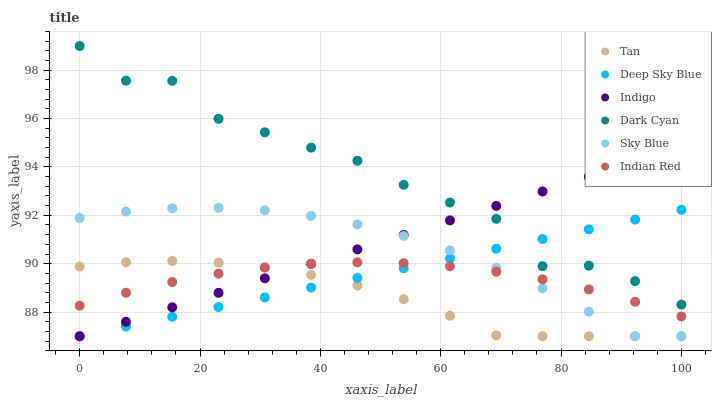
| xaxis_label | Tan | Deep Sky Blue | Indigo | Dark Cyan | Sky Blue | Indian Red |
 | --- | --- | --- | --- | --- | --- | --- |
 | 0 | 89.9 | 87 | 87 | 99 | 91.9 | 88.3 |
 | 7.69 | 90.1 | 87.4 | 87.6 | 97.6 | 92.2 | 88.8 |
 | 15.4 | 90.1 | 87.8 | 88.2 | 97.6 | 92.3 | 89.2 |
 | 23.1 | 90 | 88.2 | 88.8 | 96 | 92.3 | 89.6 |
 | 30.8 | 89.9 | 88.6 | 89.4 | 95.4 | 92.2 | 89.8 |
 | 38.5 | 89.5 | 89 | 90 | 94.8 | 92 | 90 |
 | 46.2 | 89.1 | 89.4 | 90.6 | 94.3 | 91.6 | 90.1 |
 | 53.8 | 88.5 | 89.8 | 91.2 | 93.3 | 91.1 | 90 |
 | 61.5 | 87.8 | 90.2 | 91.8 | 92.5 | 90.5 | 89.9 |
 | 69.2 | 87 | 90.6 | 92.4 | 91.9 | 89.8 | 89.7 |
 | 76.9 | 87 | 91 | 93 | 89.9 | 89 | 89.3 |
 | 84.6 | 87 | 91.4 | 93.6 | 89.9 | 88 | 88.9 |
 | 92.3 | 87 | 91.8 | 94.2 | 89.3 | 87 | 88.4 |
 | 100 | 87 | 92.2 | 94.8 | 88.3 | 87 | 87.8 |